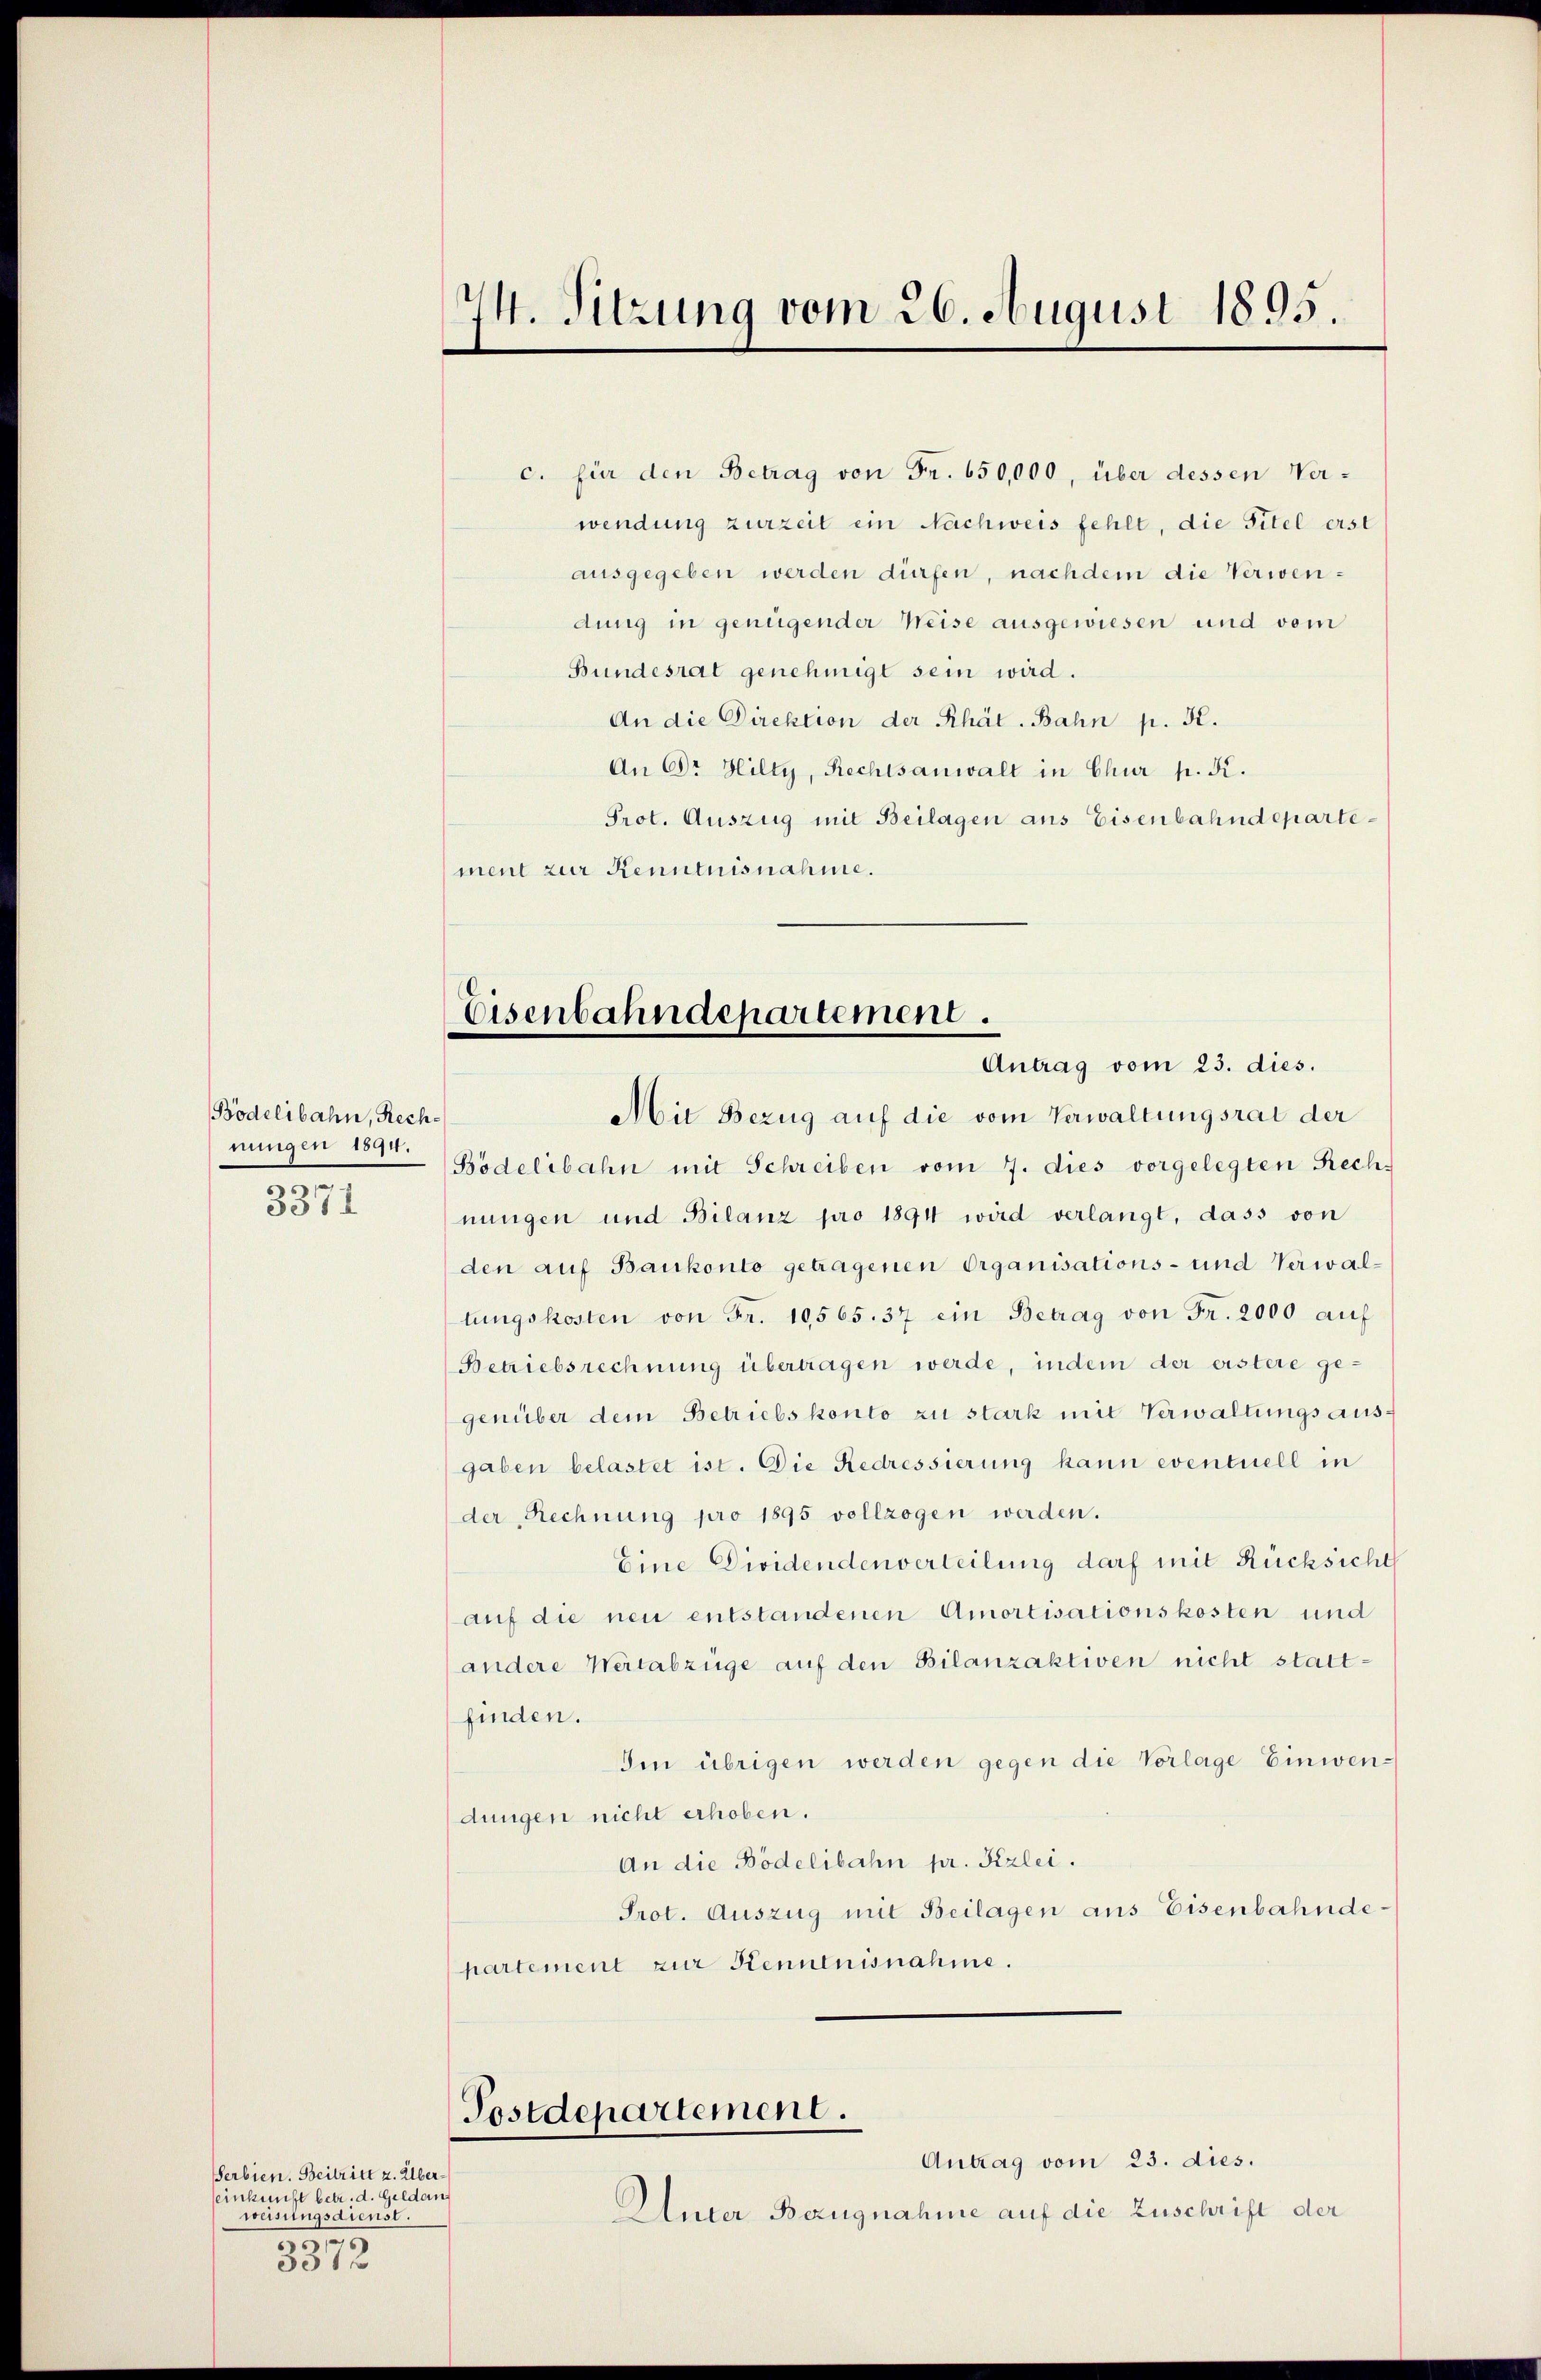
Bödelibahn, Rechnungen 1894.
3371

Serbien. Beitritt z. Übereinkunft betr. d. Geldan
weisungsdienst.
0
331

c. für den Betrag von Fr. 650,000, über dessen Verwendung zurzeit ein Nachweis fehlt, die Titel erst
ausgegeben werden dürfen, nach dem die Verwendung in genügender Weise ausgewiesen und vom
Bundesrat genehmigt sein wird.
An die Direktion der Rhät. Bahn p. 52.
An Dr. Hilty, Rechtsanwalt in Chur p. K.
Prot. Auszug mit Beilagen aus Eisenbahndepartement zur Kenntnisnahme.

74. Sitzung vom 26. August 1895.

Eisenbahndepartement.
Antrag vom 23. dies.

Mit Bezug auf die vom Verwaltungsrat der
Bödelibahn mit Schreiben vom 7. dies vorgelegten Rech-
nungen und Bilanz pro 1894 wird verlangt, dass von
den auf Baukonto getragenen Organisations- und Verwaltungskosten von Fr. 10565. 37 ein Betrag von Fr. 2000 auf
Betriebsrechnung übertragen werde, indem der erstere ge-
genüber dem Betriebskonto zu stark mit Verwaltungsausgaben belastet ist. Die Redressierung kann eventuell in
der Rechnung pro 1895 vollzogen werden.
Eine Dividenden verteilung darf mit Rücksicht
auf die neu entstandenen Amortisationskosten und
andere Wertabzüge auf den Bilanzaktiven nicht stattfinden.
Ien übrigen werden gegen die Vorlage Einwendungen nicht erhoben.
An die Bödelibahn pr. Gizlei.
Prot. Auszug mit Beilagen aus Eisenbahndepartement zur Kenntnisnahme.

Postdepartement.

Antrag vom 23. dies.
Unter Bezugnahme auf die Zuschrift der